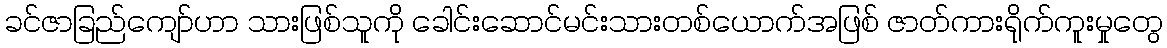
ခင်ဇာခြည်ကျော်ဟာ သားဖြစ်သူကို ခေါင်းဆောင်မင်းသားတစ်ယောက်အဖြစ် ဇာတ်ကားရိုက်ကူးမှုတွေ